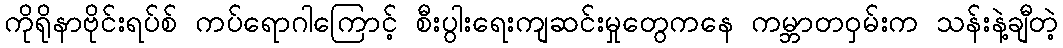
ကိုရိုနာဗိုင်းရပ်စ် ကပ်ရောဂါကြောင့် စီးပွါးရေးကျဆင်းမှုတွေကနေ ကမ္ဘာတဝှမ်းက သန်းနဲ့ချီတဲ့